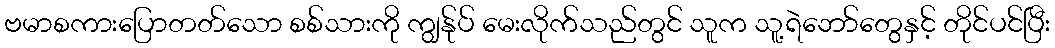
ဗမာစကားပြောတတ်သော စစ်သားကို ကျွန်ုပ် မေးလိုက်သည်တွင် သူက သူ့ရဲဘော်တွေနှင့် တိုင်ပင်ပြီး